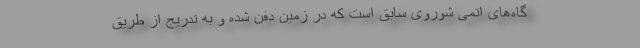
گاه‌های اتمی شوروی سابق است که در زمین دفن شده و به تدریج از طریق